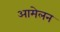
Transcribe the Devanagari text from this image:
आमेलन